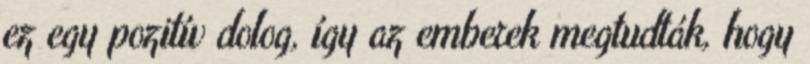
ez egy pozitív dolog, így az emberek megtudták, hogy